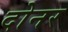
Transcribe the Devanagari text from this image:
दोनर